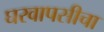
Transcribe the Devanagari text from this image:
घरवापसीचा